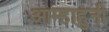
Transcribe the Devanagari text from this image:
आम्हाहुनी